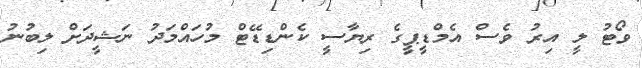
ވޯޓު ލީ އިރު ވެސް އެމްޑީޕީގެ ރިޔާސީ ކެންޑިޑޭޓް މުހައްމަދު ނަޝީދަށް ލިބުނު